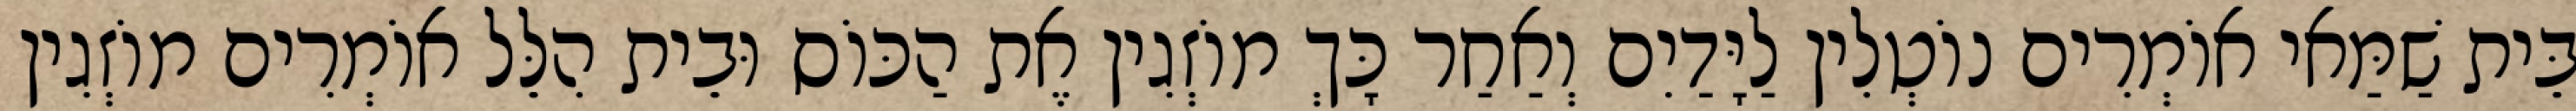
בֵּית שַׁמַּאי אוֹמְרִים נוֹטְלִין לַיָּדַיִם וְאַחַר כָּךְ מוֹזְגִין אֶת הַכּוֹס וּבֵית הִלֵּל אוֹמְרִים מוֹזְגִין